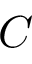
C